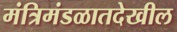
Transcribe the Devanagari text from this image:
मंत्रिमंडळातदेखील